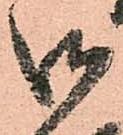
御